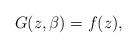
LaTeX: \begin{align*}G(z,\beta)=f(z),\end{align*}